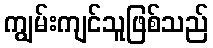
ကျွမ်းကျင်သူဖြစ်သည်